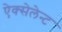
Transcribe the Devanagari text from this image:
ऐक्सेलेन्ट